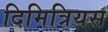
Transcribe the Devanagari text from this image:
दिमित्रियस